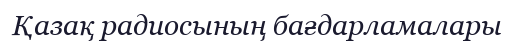
Қазақ радиосының бағдарламалары